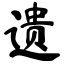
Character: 遗